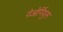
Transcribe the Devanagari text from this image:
गेओर्गियुस